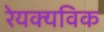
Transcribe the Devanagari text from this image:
रेयक्यविक